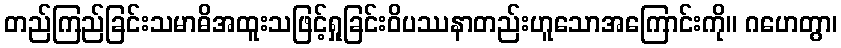
တည်ကြည်ခြင်းသမာဓိအထူးသဖြင့်ရှုခြင်းဝိပဿနာတည်းဟူသောအကြောင်းကို။ ဂဟေတွာ၊